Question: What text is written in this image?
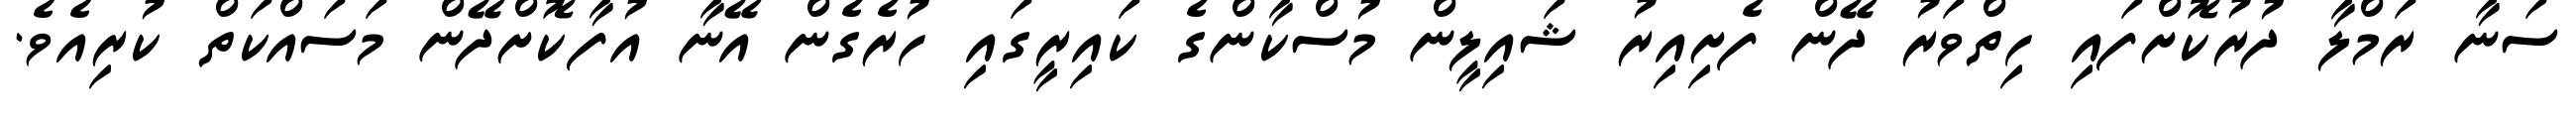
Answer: ސަނާ ރަމްލާ ދުރުކޮށްފައި ހިތްވަރު ދޭން ފެށިއިރު ޝައިލީން މުސްކާންގެ ކައިރީގައި ހުރެގެން އޭނާ އުފާކޮށްދޭން މަސައްކަތް ކުރިއެވެ.